Lunatic asylums Madras 1892-1911 - 1892-1911
Year: 1892
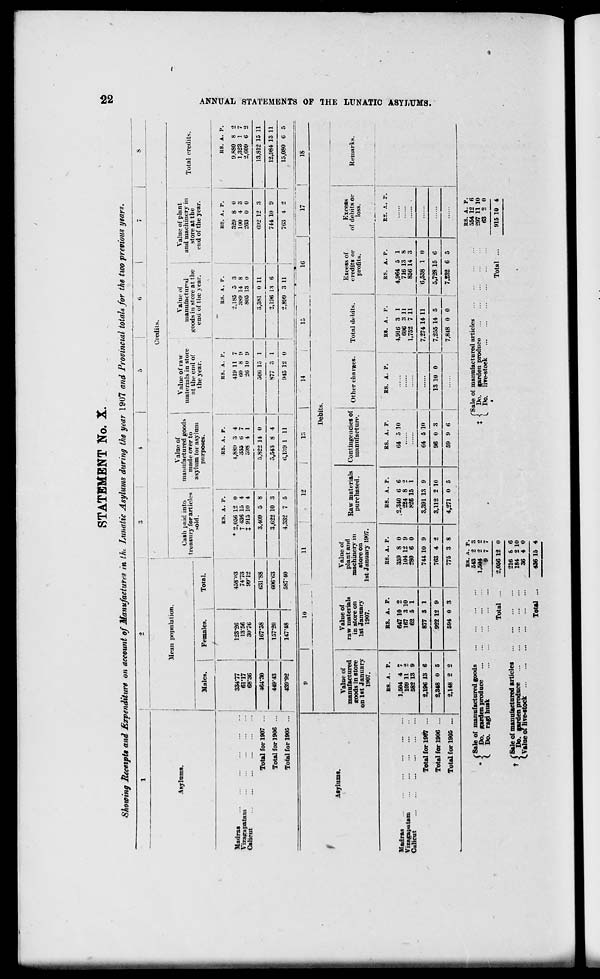
STATEMENT No. X.
Showing Receipts and Expenditure on account of Manufactures in the Lunatic Asylums during the year 1907 and Provincial totals for the two previous years.
to
Credits.
ARylnms.
Hew population.
Mules.
Females.
Total.
Cash paid into
treasury for articles
sold.
Value of
manufactured goods
made over to
asylum lor asylum
purposes.
Value of raw-
materials in store
at the end of
the year.
Madras
Vizajrapatam
Calicut
334-77
61-17
68*36
Total for 1907
Total for 1906
Total for 1905
i
464*30
449-43
123-26
13-56
30*76
167*58
157-20
439-92
147-48
458-<'3
74-73
9!)-12
ES. A. P.
* 2,056 12 0
T 436 15 4
t 915 10 4
631*S8
3,409 5 8
RS. A. P.
1,889 3 4
335 6 7
598 4 1
RS. A. P.
419 11 7
60 8 9
26 10 9
Value of
iiianufaetur»'d
xoodsiii store at the
end of the year.
RS. A. P.
Value of plant
and machinery ill
store at the
end of the year.
Total credits.
5,822 14 0
506 15 1
006*63
3,622 10 3
5,543 8 4
2,185 5 3
389 14 8
805 13 0
RS. A. P.
329 8 0
100 4 3
263 0 0
3,381 0 11
692 12 3
RS. A. P.
9.880 8 2
1,323 1 7
2,609 6 3
13,812 15 11
587-40
4,332 7 5 i
6,1*'.9 1 11
877 3 1
945 12 0
2,196 13 6
744 It) 9
12,984 13 11
2,899 3 11
763 4 2
15,080 6 5
9
10
11
12
j
IS
14
15
16
17
18
f
Debit s.
Asylums.
Value of
manufactured
eoods in store
on 1st January
1907.
Value of
Value of
raw materials
plant and
in store on
machinery in
1st January
store on
1907.
1st January 1907.
Raw materials
purchased.
Contingencies of
manufacture.
Other charges.
Total debits.
Excess of
credits or
profits.
Excess
of debits or
loss.
Remarks.
Madras
Vizagapatam
Calicut
BS. A. P.
1.504 4 7
109 11 2
582 13 9
ES. A. P.
647 10 2
167 3 10
62 5 1
ES. A. P.
359 8 0
104 12 9
280 6 0
RS. A. p.
.2,340 6 6
224 8 2
826 15 I
ES. A. P.
BS. A. P.
RS. A. P.
BS. A. P.
64 5 10
j
4,916 3 1
4,964 5 1
•
606 3 11
716 13 8
1,752 7 11
856 14 3
ES. A. P.
Total for 1907 ...
2,196 13 6
877 3 1
744 10 9
3,391 13 9
64 5 10
7,274 14 11
6,538 1 0
Total for 1906 ...
2,348 0 5
922 12 9
763 4 2
3,112 2 10
96 0 3
i
13 10 0
'
1
7,255 14 5
5,728 15 6
Total for 1905 ...
2,148 2 2
594 0 3
775 3 8
4,271 0 5
59 9 6
7,848 0 0
7,232 6 5
i
1
•
1
{
Sale of manufactured goods
Do. garden produce
Do. ragi husk
ES. A. p.
543 2 3
1,504 2 2
8 7 7
("Sale of manufactured articles
t i Do. garden produce
C Do. lire-stocK
t ("Sale of manufactured articles
T < Do. garden produce
C Value oT live-stock
Total
Total
2,056 12 0
216
184
36
8 6
2 10
4 0
436 16 4
Total ..
BS. A. P.
554 12 6
297 11 10
63 2 0
915 10 4
>
32
o
**3
H
tt
GO
<■«••
an